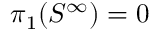
\pi _ { 1 } ( S ^ { \infty } ) = 0